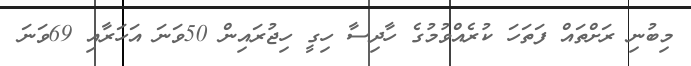
މިބުނި ރަށްތައް ފަތަހަ ކުރެއްވުމުގެ ހާދިސާ ހިގީ ހިޖުރައިން 50ވަނަ އަހަރާއި 69ވަނަ